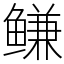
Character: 鳒